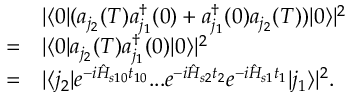
\begin{array} { r l } & { | \langle 0 | ( a _ { j _ { 2 } } ( T ) a _ { j _ { 1 } } ^ { \dagger } ( 0 ) + a _ { j _ { 1 } } ^ { \dagger } ( 0 ) a _ { j _ { 2 } } ( T ) ) | 0 \rangle | ^ { 2 } } \\ { = } & { | \langle 0 | a _ { j _ { 2 } } ( T ) a _ { j _ { 1 } } ^ { \dagger } ( 0 ) | 0 \rangle | ^ { 2 } } \\ { = } & { | \langle j _ { 2 } | e ^ { - i \hat { H } _ { s 1 0 } t _ { 1 0 } } . . . e ^ { - i \hat { H } _ { s 2 } t _ { 2 } } e ^ { - i \hat { H } _ { s 1 } t _ { 1 } } | j _ { 1 } \rangle | ^ { 2 } . } \end{array}